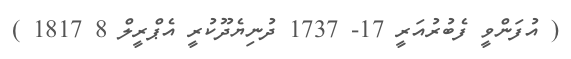
( އުފަންވީ ފެބުރުއަރީ 17- 1737 ދުނިޔެދޫކުރީ އެޕްރީލް 8 1817 )